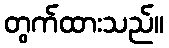
တွက်ထားသည်။